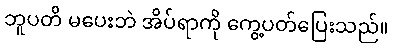
ဘူပတိ မပေးဘဲ အိပ်ရာကို ကွေ့ပတ်ပြေးသည်။